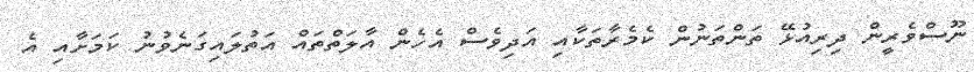
ނޫސްވެރީން ދިރިއުޅޭ ތަންތަނުން ކެމެރާތަކާއި އަދިވެސް އެހެން އާލަތްތައް އަތުލައިގަނެވުނު ކަމަށާއި އެ